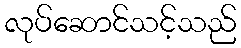
လုပ်ဆောင်သင့်သည်